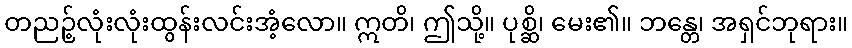
တညဉ့်လုံးလုံးထွန်းလင်းအံ့လော။ ဣတိ၊ ဤသို့။ ပုစ္ဆိ၊ မေး၏။ ဘန္တေ၊ အရှင်ဘုရား။